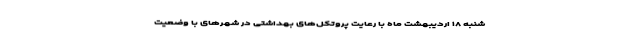
شنبه ۱۸ اردیبهشت ماه با رعایت پروتکل‌های بهداشتی در شهرهای با وضعیت